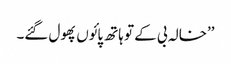
’’خالہ بی کے تو ہاتھ پائوں پھول گئے۔